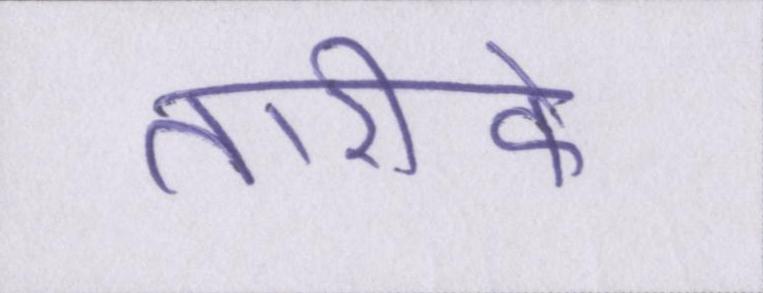
तारीफें